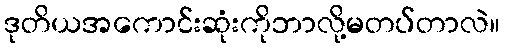
ဒုတိယအကောင်းဆုံးကိုဘာလို့မတပ်တာလဲ။